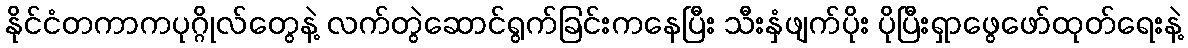
နိုင်ငံတကာကပုဂ္ဂိုလ်တွေနဲ့ လက်တွဲဆောင်ရွက်ခြင်းကနေပြီး သီးနှံဖျက်ပိုး ပိုပြီးရှာဖွေဖော်ထုတ်ရေးနဲ့